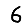
Digit: 6